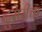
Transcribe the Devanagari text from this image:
दुसरीचा